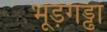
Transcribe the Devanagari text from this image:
भूड़गड्ढा